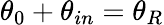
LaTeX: \theta_{0}+\theta_{in}=\theta_{R}